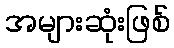
အများဆုံးဖြစ်